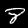
Digit: 8